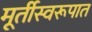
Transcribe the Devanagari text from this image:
मूर्तीस्वरूपात